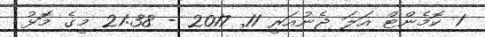
1 ކޮމެންޓް އަލަ ޖެނުއަރީ 11